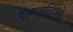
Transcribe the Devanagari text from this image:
एअरबाल्टिकचे